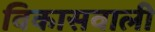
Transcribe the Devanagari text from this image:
विकासवाली